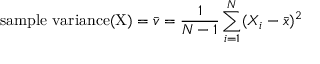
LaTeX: { \mathrm { s a m p l e ~ v a r i a n c e ( X ) } } = { \bar { v } } = { \frac { 1 } { N - 1 } } \sum _ { i = 1 } ^ { N } ( X _ { i } - { \bar { x } } ) ^ { 2 }